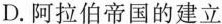
D.阿拉伯帝国的建立